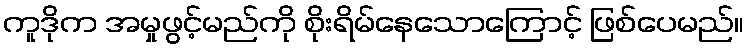
ကူဒိုက အမှုဖွင့်မည်ကို စိုးရိမ်နေသောကြောင့် ဖြစ်ပေမည်။